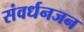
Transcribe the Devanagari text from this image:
संवर्धनजन